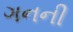
ગનની